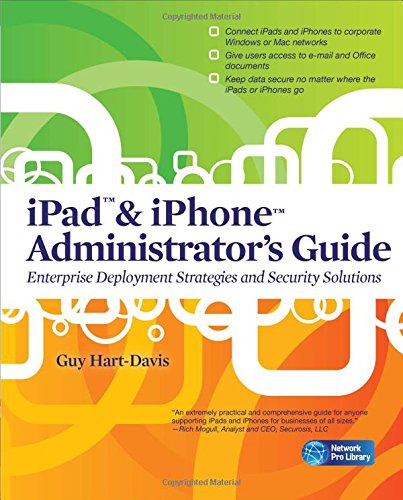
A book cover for iPad & iPhone Administrator's Guide: Enterprise Deployment Strategies and Security Solutions (Network Pro Library); Guy Hart-Davis; Computers & Technology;